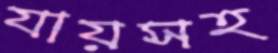
যায়সহ